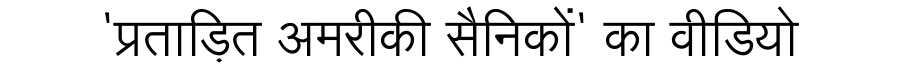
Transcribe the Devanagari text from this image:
'प्रताड़ित अमरीकी सैनिकों' का वीडियो